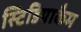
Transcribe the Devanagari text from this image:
स्टिडियाकैम